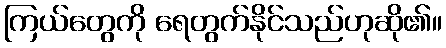
ကြယ်တွေကို ရေတွက်နိုင်သည်ဟုဆို၏။